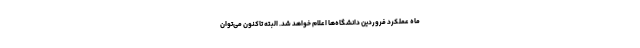
ماه عملکرد فروردین دانشگاه‌ها اعلام خواهد شد. البته تاکنون می‌توان